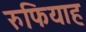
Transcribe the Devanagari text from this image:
रुफियाह